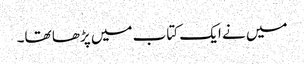
میں نے ایک کتاب میں پڑھا تھا۔